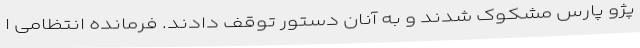
پژو پارس مشکوک شدند و به آنان دستور توقف دادند. فرمانده انتظامی ا